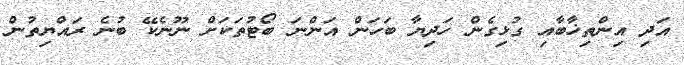
އަދި އިންތިޚާބާއި ގުޅިގެން ހަދިޔާ ބަހަން އަންނަ ބޯޓުތަކަށް ނޫނެކޭ ބުނެ ރައްޔިތުން